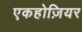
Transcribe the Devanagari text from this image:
एकहोज़ियर